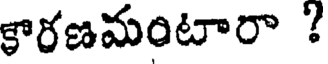
కారణమంటారా ?